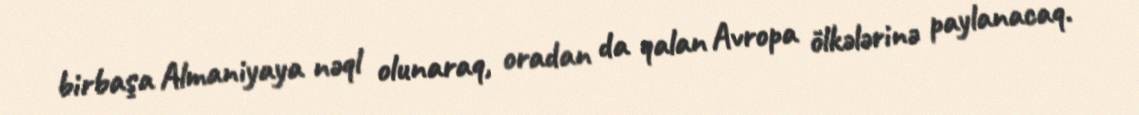
birbaşa Almaniyaya nəql olunaraq, oradan da qalan Avropa ölkələrinə paylanacaq.